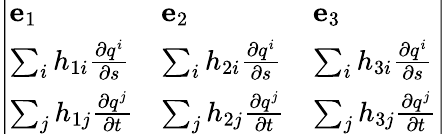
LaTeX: {\left|\begin{array}{lll}{\mathbf{e}_{1}}&{\mathbf{e}_{2}}&{\mathbf{e}_{3}}\\ {\sum_{i}h_{1i}{\frac{\partial q^{i}}{\partial s}}}&{\sum_{i}h_{2i}{\frac{\partial q^{i}}{\partial s}}}&{\sum_{i}h_{3i}{\frac{\partial q^{i}}{\partial s}}}\\ {\sum_{j}h_{1j}{\frac{\partial q^{j}}{\partial t}}}&{\sum_{j}h_{2j}{\frac{\partial q^{j}}{\partial t}}}&{\sum_{j}h_{3j}{\frac{\partial q^{j}}{\partial t}}}\end{array}\right|}